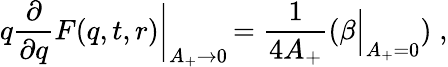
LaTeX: q\frac{\partial}{\partial q}F(q,t,r)\biggl|_{A_{+}\to 0}\, =\frac{1}{4A_{+}}\left(\beta\Bigl|_{A_{+}=0}\right)\; ,